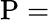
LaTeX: \mathrm{P}=